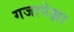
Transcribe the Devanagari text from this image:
गजापेक्षा